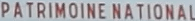
PATRIMOINE-NATIONAL